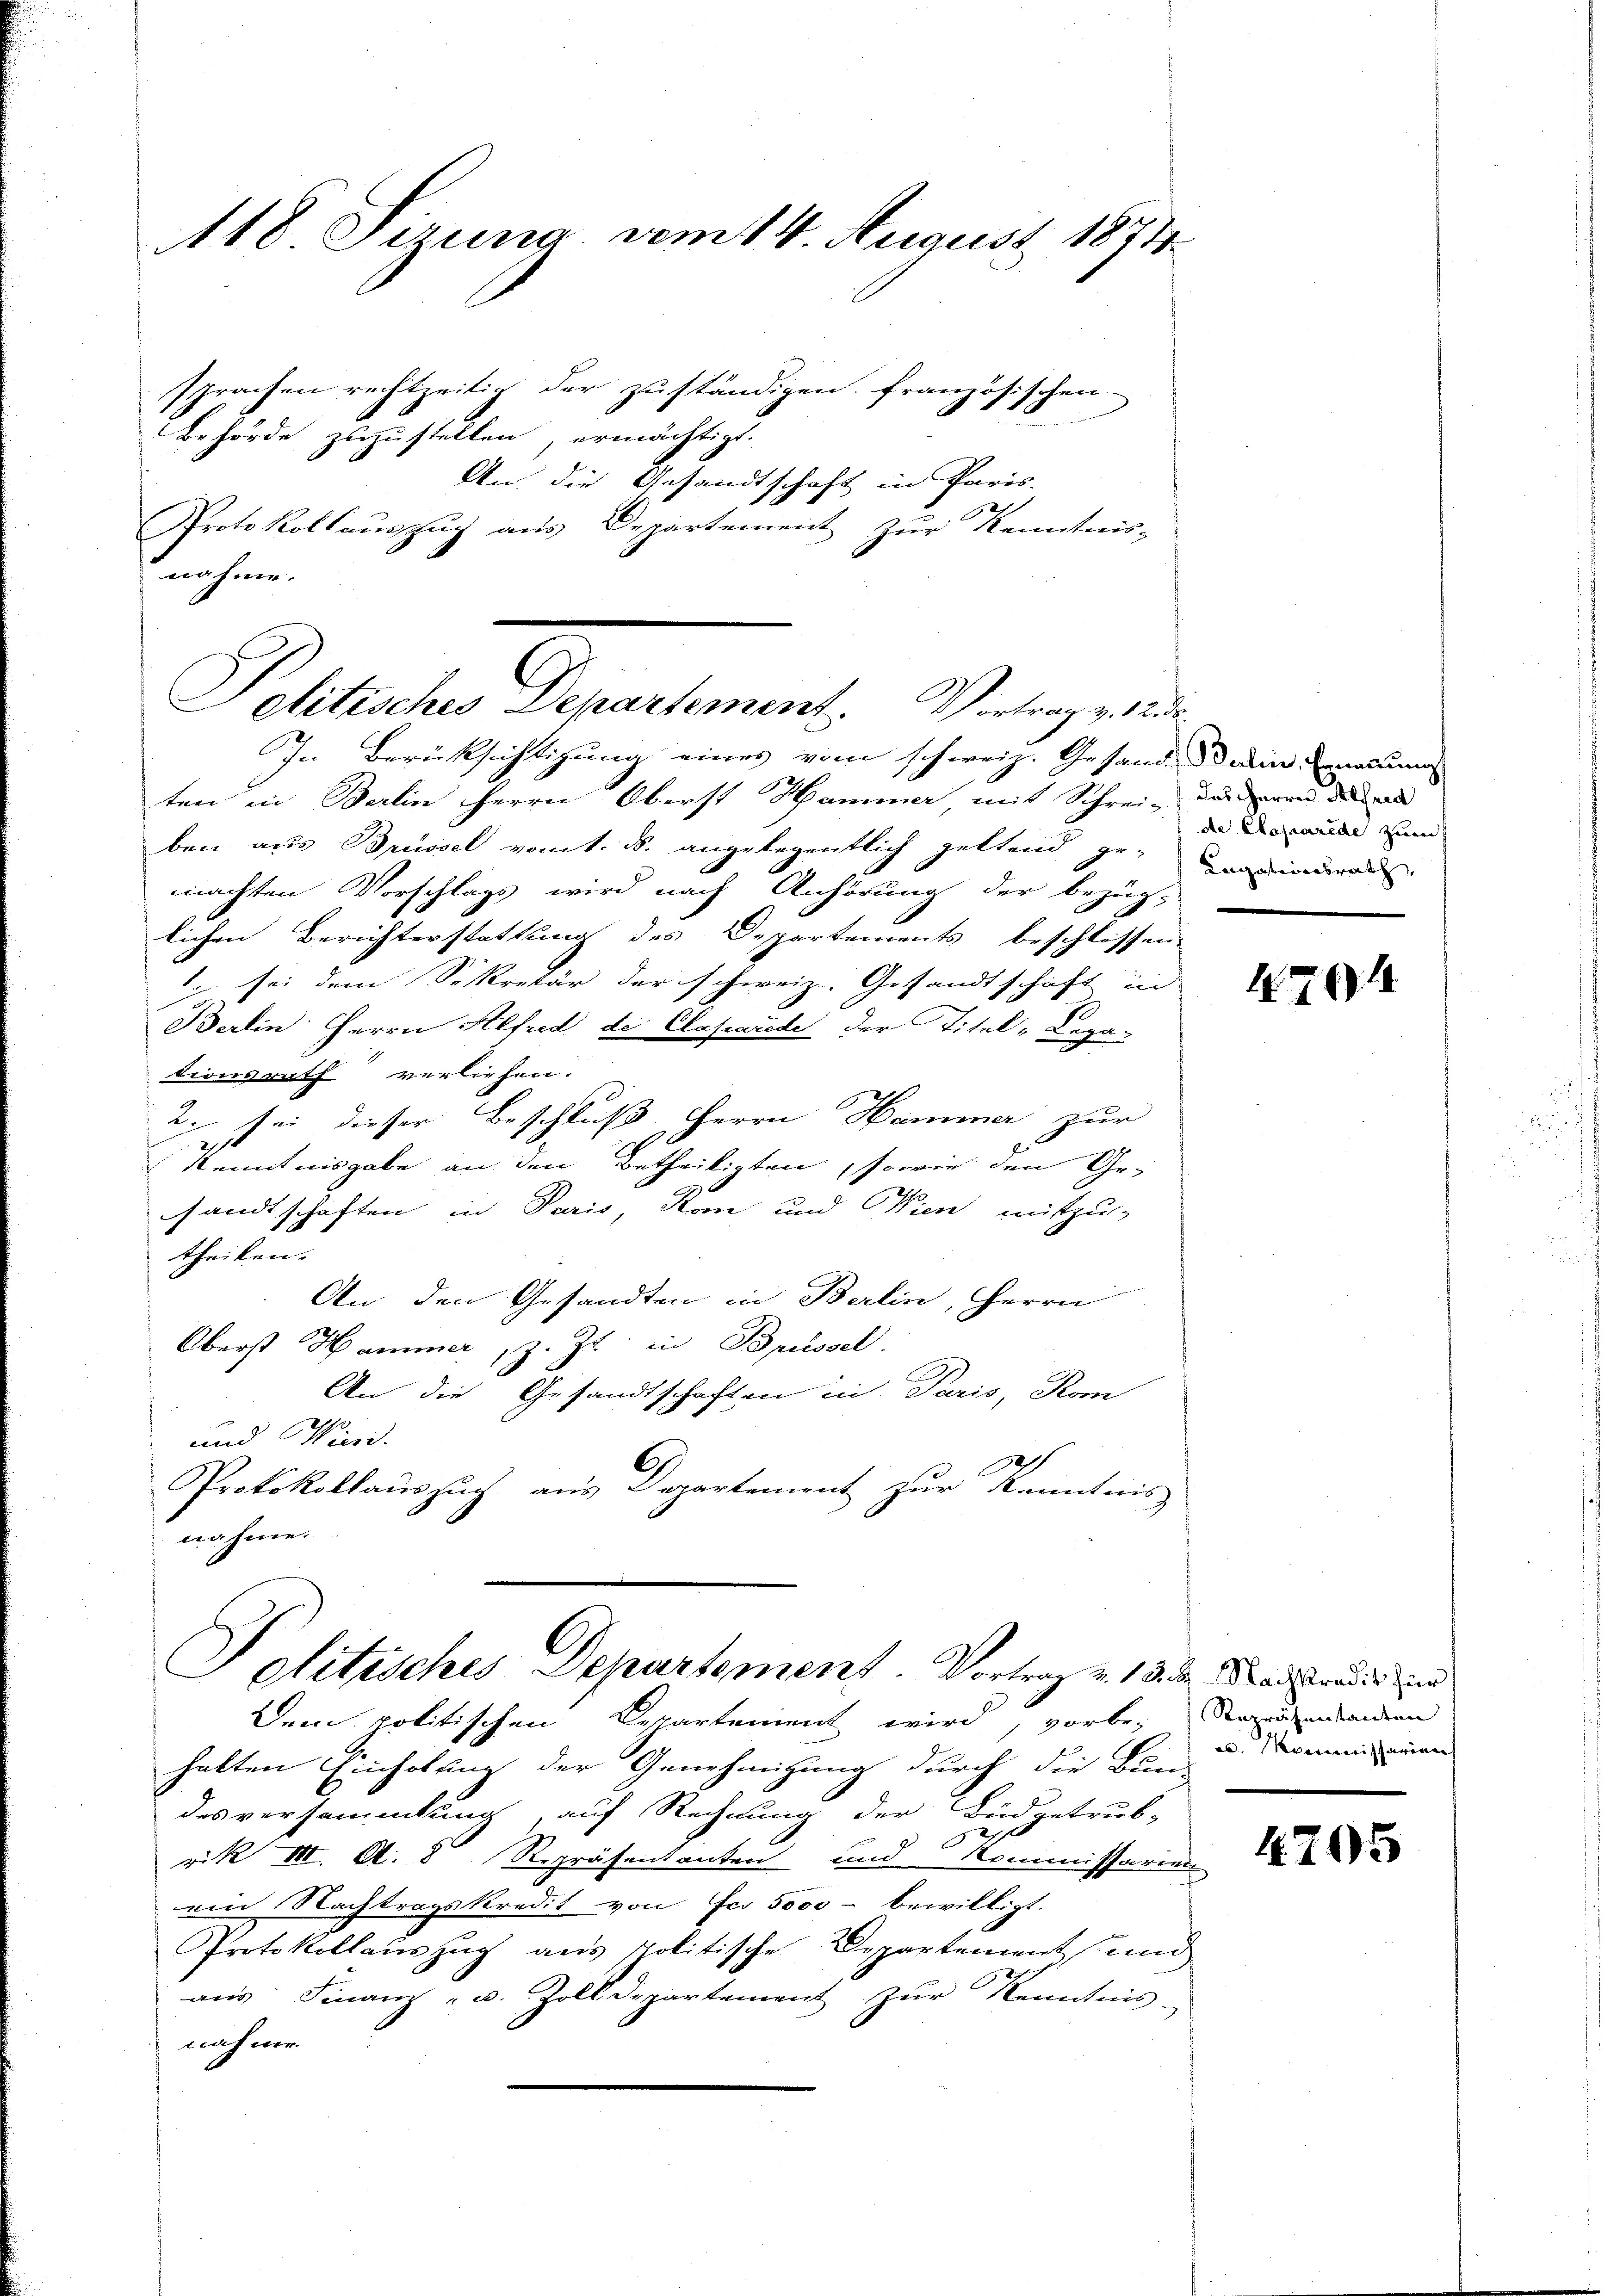
A18 Jezung am 14. August 1874.

sprachen rechtzeitig der zuständigen französischen
Behörde zuzustellen, ermächtigt.
An die Gesandtschaft in Paris-
Protokollauszug aus Departement zur Kenntnis-
nahme.
In Berücksichtigung eines vom schweiz. Gesand. Dein modum
ten in Berlin Herrn Oberst Hammer, mit Schrei¬ daueren die und
ben aus Brüssel vom 1. ds. angelegentlich geltend ge-
machten Vorschlags wird nach Anhörung der bezüg-
lichen Berichterstattung des Departements beschlossen,
1 sei dem Sekretär der schweiz. Gesandtschaft in
Berlin Herrn Alfred de Caparade der Titel-Lepa-
tionsrath verliehen.
2. sei dieser Beschluß Herrn Hammer zur
Kenntnisgabe an den Betheiligten, sowie den Ge-
sandtschaften in Paris, Rom und Wien mitzu-
theilen. |
An den Gesandten in Berlin, Herrn
Oberst Hammer, z. Zt. in Brüssel.
An die Gesandtschaften in Paris, Kom
und Wien.
C
Protokollaŭszŭg aŭs Departement zur Kenntnis
nahme.
Politisches Departement. Vortrag v. 18. d. Maistradir und
Dem politischen Departement wird, vorbe-
halten Einholung der Genehmigung durch die Bun-
desversammlung, auf Rechnung der Budgetrub-
rik III. A. 8 Repräsentanten und Kommissarien
ein Nachtragskredit von Fr. 5000 - bewilligt.
Protokollaŭszŭg aŭs politische Departement und
aus Finanz- u. Zolldepartement zŭr Kenntnis.
nahme

Politisches Departement. Vortrag v. 12 de

de Caparede zum
Kngationsrath

4704

Repräsentanten
. Kommissarian

4705